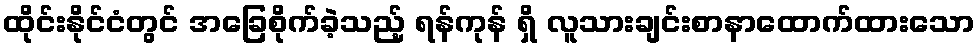
ထိုင်းနိုင်ငံတွင် အခြေစိုက်ခဲ့သည့် ရန်ကုန် ရှိ လူသားချင်းစာနာထောက်ထားသော